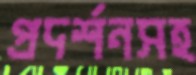
প্রদর্শনসহ